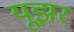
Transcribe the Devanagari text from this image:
यूझर